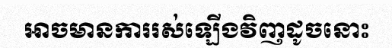
អាចមានការរស់ឡើងវិញដូចនោះ